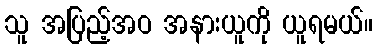
သူ အပြည့်အဝ အနားယူကို ယူရမယ်။